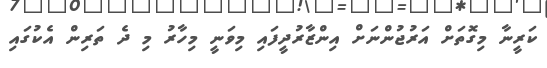
ކަރީނާ މިގޮތަށް އަރުޖުންނަށް އިންޒާރުދީފައި މިވަނީ މިހާރު މި ދެ ތަރިން އެކުގައި